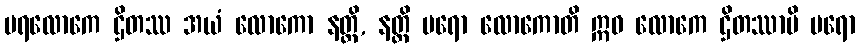
ပရလောကေ ဌိတဿ အယံ လောကော နတ္ထိ, နတ္ထိ ပရော လောကောတိ ဣဓ လောကေ ဌိတဿာပိ ပရော